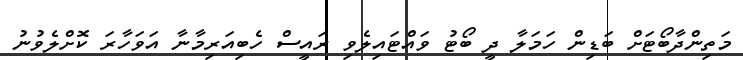
މަތިންދާބޯޓަށް ބަޑިން ހަމަލާ ދީ ބޯޓު ވައްޓައިލެވި ރައީސް ހެބިއަރިމާނާ އަވަހާރަ ކޮށްލެވުނު